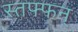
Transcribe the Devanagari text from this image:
स्तफ्फन्